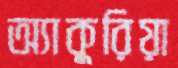
অ্যাকুরিয়া